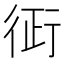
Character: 𧗪